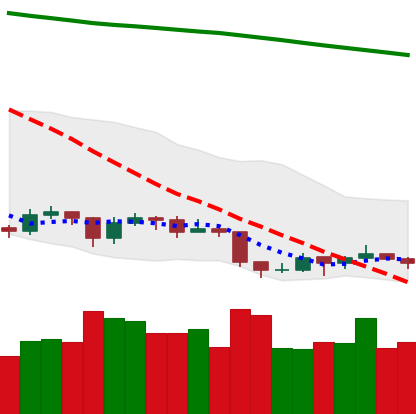
Ticker: EOS-USD
Chart end date: 2019-09-05
Forward return: 15.206%
Label: up_7plus